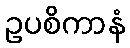
ဥပစိကာနံ